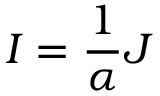
I = { \frac { 1 } { \alpha } } J